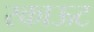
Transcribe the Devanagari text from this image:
स्काऊट